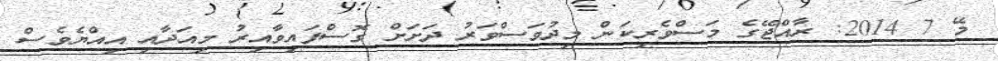
މޭ 7 2014: ރާއްޖޭގެ މަސްވެރިކަން މިދުވަސްވަރު ދަށަށް ގޮސްފައިވާއިރު މިއަދާއި އިއްޔެވެސް